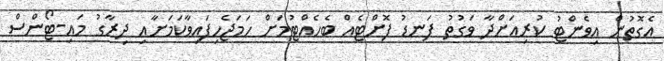
އެގޮތުން އިވެންޓު ކުރިއަށްދާ ވަގުތު ފަނޑު ފޮށްޓެއް ބެހެއްޓުމަށް ހަމަޖެހިފައިވާކަމަށާއި ދިރާގު މައި-ޓޯންސް